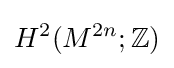
H^{2}(M^{2n};\mathbb {Z} )